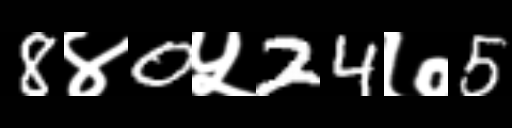
Text: 8४0५24७5